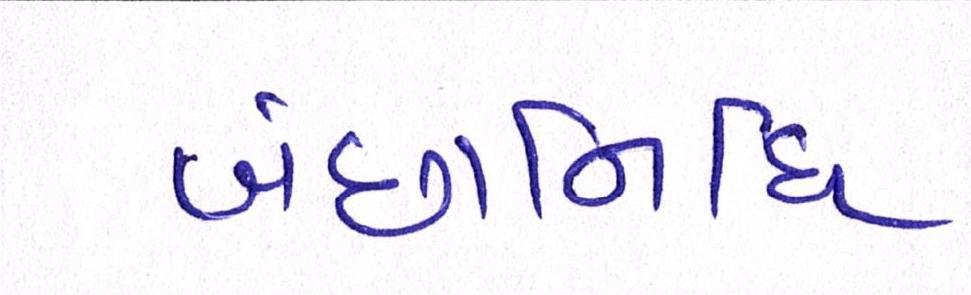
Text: બંછાનિધિ